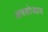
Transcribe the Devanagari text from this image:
अवशोजाण